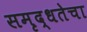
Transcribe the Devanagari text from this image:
समृद्धतेचा